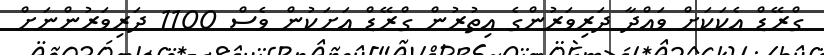
ގްރޭޑް އެކަކަށް ވައްދާ ދަރިވަރުންގެ އިތުރުން ގްރޭޑް އަށަކުން ވެސް 1100 ދަރިވަރުންނަށް